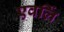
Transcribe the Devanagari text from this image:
एवर्लि